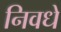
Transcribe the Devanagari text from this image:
निवधे